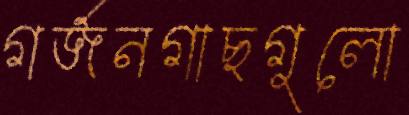
গর্জনগাছগুলো